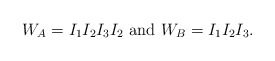
\begin{align*}W_A=I_1I_2I_3I_2\mbox{ and }W_B=I_1I_2I_3.\end{align*}